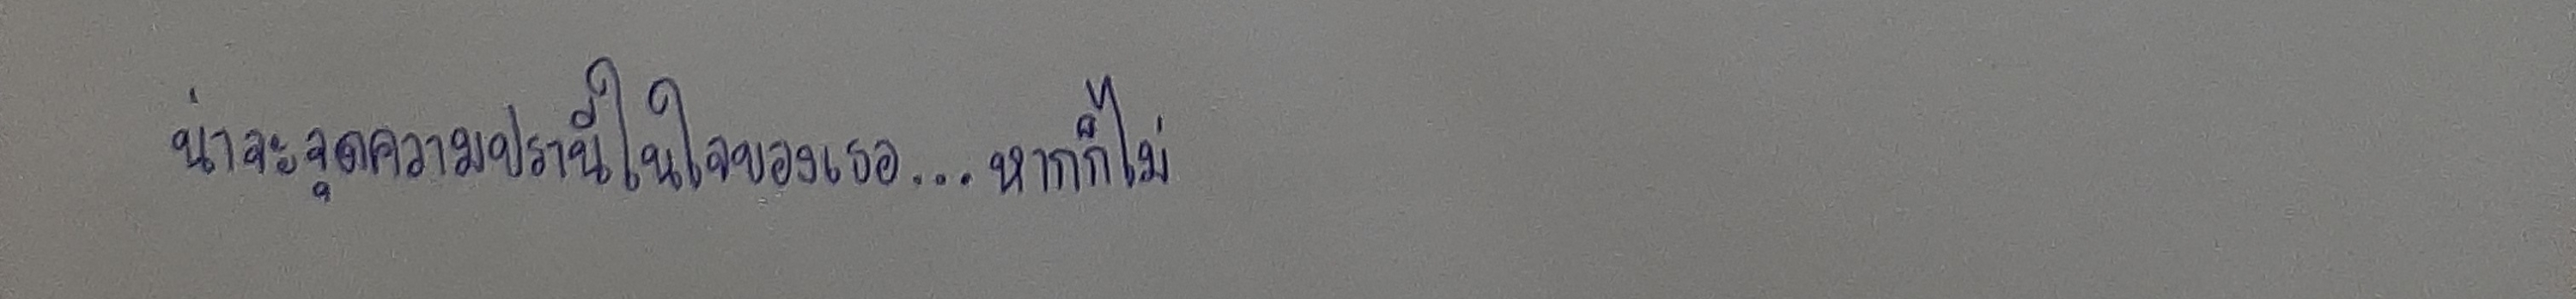
น่าจะจุดความปรานีขึ้นในใจของเธอ...หากก็ไม่